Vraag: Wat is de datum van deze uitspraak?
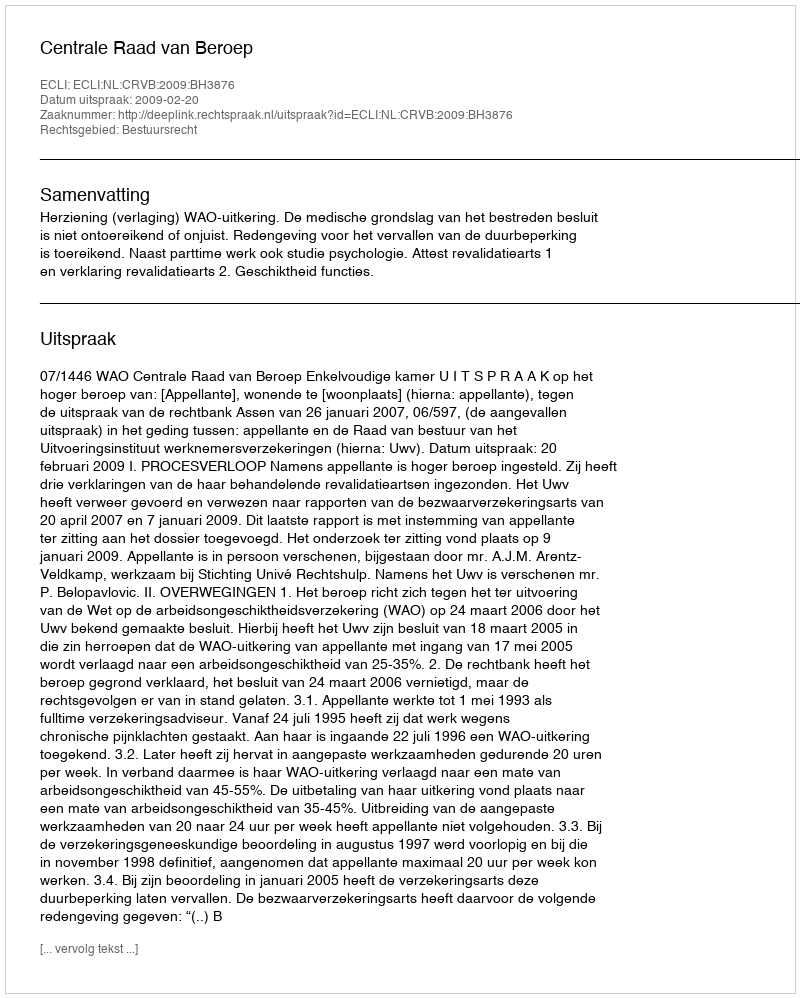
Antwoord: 2009-02-20